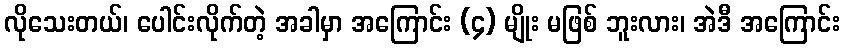
လိုသေးတယ်၊ ပေါင်းလိုက်တဲ့ အခါမှာ အကြောင်း (၄) မျိုး မဖြစ် ဘူးလား၊ အဲဒီ အကြောင်း